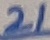
Text: 21